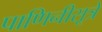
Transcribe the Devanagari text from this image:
पाणिनीसूत्रे